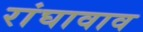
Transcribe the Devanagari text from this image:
रांघावाव